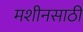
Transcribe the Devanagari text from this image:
मशीनसाठी